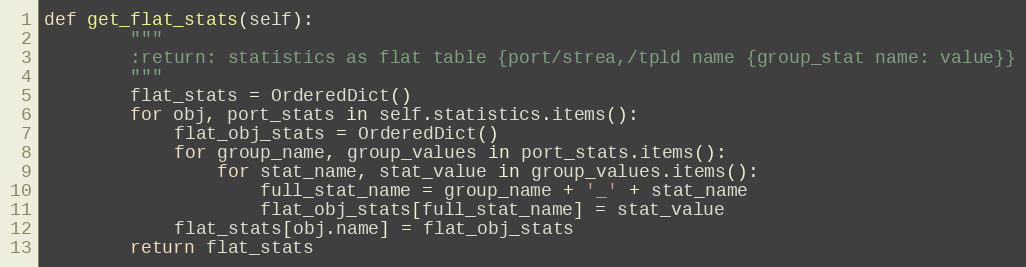
Language: Python
def get_flat_stats(self):
        """
        :return: statistics as flat table {port/strea,/tpld name {group_stat name: value}}
        """
        flat_stats = OrderedDict()
        for obj, port_stats in self.statistics.items():
            flat_obj_stats = OrderedDict()
            for group_name, group_values in port_stats.items():
                for stat_name, stat_value in group_values.items():
                    full_stat_name = group_name + '_' + stat_name
                    flat_obj_stats[full_stat_name] = stat_value
            flat_stats[obj.name] = flat_obj_stats
        return flat_stats